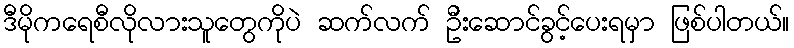
ဒီမိုကရေစီလိုလားသူတွေကိုပဲ ဆက်လက် ဦးဆောင်ခွင့်ပေးရမှာ ဖြစ်ပါတယ်။